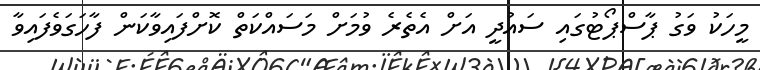
މީހަކު ވަގު ޕާސްޕޯޓުގައި ސައުދީ އަށް އެތެރެ ވުމަށް މަސައްކަތް ކޮށްފައިވާކަން ފާހަގަވެފައިވާ